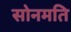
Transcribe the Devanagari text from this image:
सोनमति